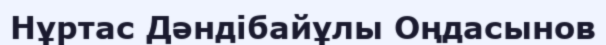
Нұртас Дәндібайұлы Оңдасынов